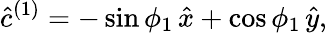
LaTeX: \hat{c}^{(1)}=-\sin\phi_{1}\, \hat{x}+\cos\phi_{1}\, \hat{y},